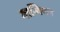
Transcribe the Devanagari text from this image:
गाम्बियन